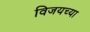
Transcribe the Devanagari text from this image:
विजयच्या